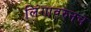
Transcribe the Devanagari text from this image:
लिंगावरुनच